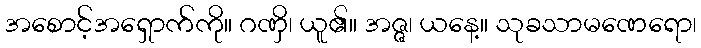
အစောင့်အရှောက်ကို။ ဂဏှိ၊ ယူ၏။ အဇ္ဇ၊ ယနေ့။ သုခသာမဏေရော၊